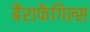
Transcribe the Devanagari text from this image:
बैराफेंगिल्स